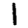
Digit: 1